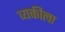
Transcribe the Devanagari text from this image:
व्यकीला